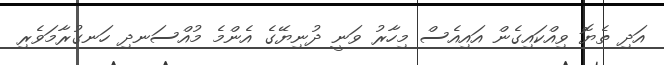
އަދި ތެޔޮ ވިއްކައިގެން އައިއެސް މިހާރު ވަނީ ދުނިޔޭގެ އެންމެ މުއްސަނދި ހަނގުރާމަވެރި